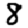
Digit: 8